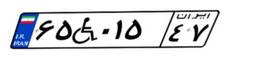
۲۵W۳۶۵۱۹